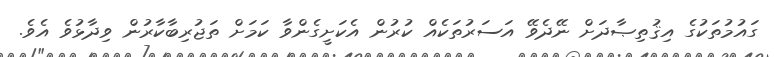
ގައުމުތަކުގެ އިޤުތިޞާދަށް ނޭދެވޭ އަސަރުތަކެއް ކުރުން އެކަށީގެންވާ ކަމަށް ތަޖުރިބާކާރުން ވިދާޅުވެ އެވެ.